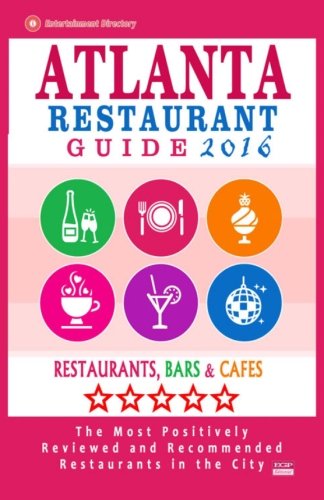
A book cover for Atlanta Restaurant Guide 2016: Best Rated Restaurants in Atlanta - 500 restaurants, bars and cafÃ©s recommended for visitors; Steven A Burbank; Travel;